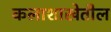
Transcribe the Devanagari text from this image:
कलाशाखेतील